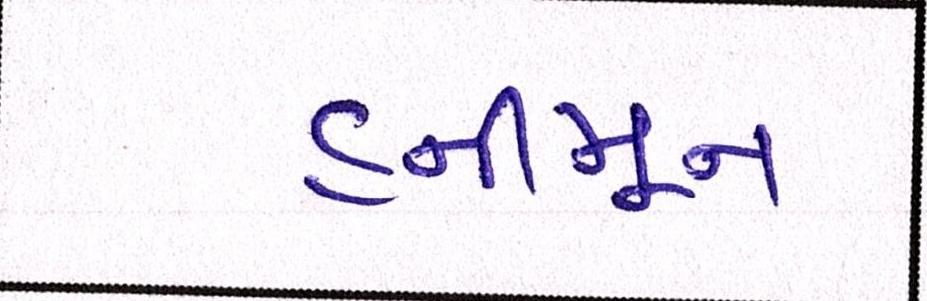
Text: હનીમૂન